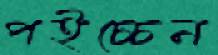
পইচ্চেন